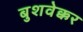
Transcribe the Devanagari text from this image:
बुशवेक्कर